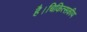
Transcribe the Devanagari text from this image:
है।चिकित्सकीय